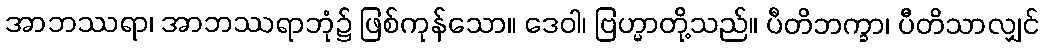
အာဘဿရာ၊ အာဘဿရာဘုံ၌ ဖြစ်ကုန်သော။ ဒေဝါ၊ ဗြဟ္မာတို့သည်။ ပီတိဘက္ခာ၊ ပီတိသာလျှင်